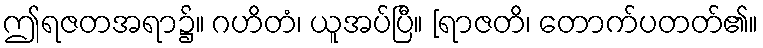
ဤရဇတအရာ၌။ ဂဟိတံ၊ ယူအပ်ပြီ။ [ရာဇတိ၊ တောက်ပတတ်၏။